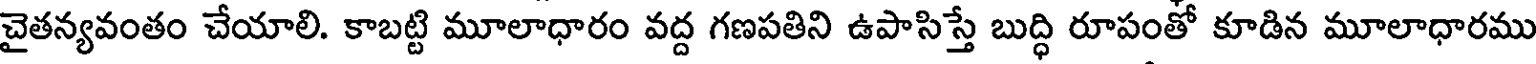
చైతన్యవంతం చేయాలి. కాబట్టి మూలాధారం వద్ద గణపతిని ఉపాసిస్తే బుద్ధి రూపంతో కూడిన మూలాధారము